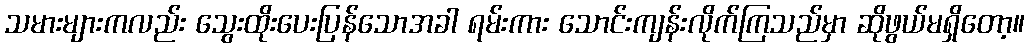
သမားများကလည်း သွေးထိုးပေးပြန်သောအခါ ရမ်းကား သောင်းကျန်းလိုက်ကြသည်မှာ ဆိုဖွယ်မရှိတော့။